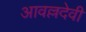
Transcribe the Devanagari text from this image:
आवल्लदेवी